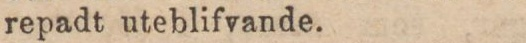
repadt uteblifvande.